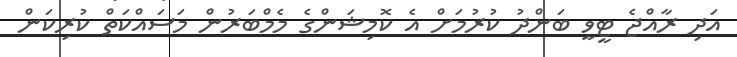
އަދި ރާއްޖެ ޓީވީ ބަންދު ކުރުމަށް އެ ކޮމިޝަންގެ މެމްބަރުން މަސައްކަތް ކުރިކަން